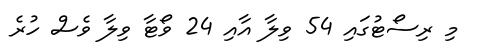
މި ރިސޯޓުގައި 54 ވިލާ އާއި 24 ވޯޓާ ވިލާ ވެސް ހުރެ